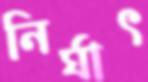
নির্ঘাৎ